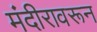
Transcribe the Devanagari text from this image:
मंदीरावरून